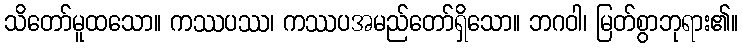
သိတော်မူထသော။ ကဿပဿ၊ ကဿပအမည်တော်ရှိသော။ ဘဂဝါ၊ မြတ်စွာဘုရား၏။